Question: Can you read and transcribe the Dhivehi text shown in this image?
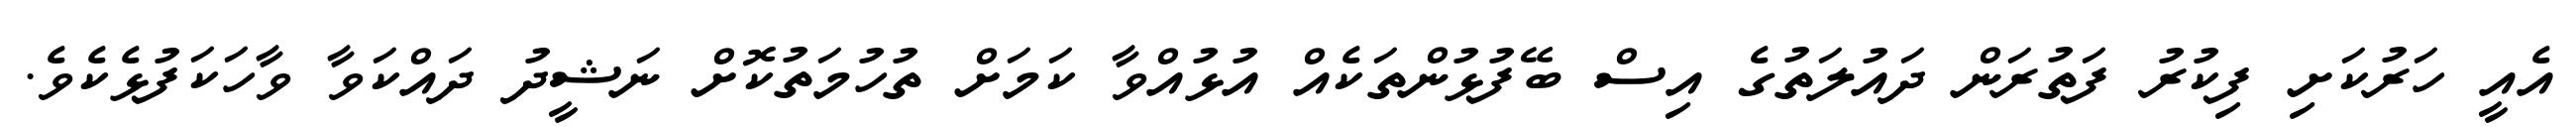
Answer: އެއީ ހަރުކަށި ފިކުރު ފަތުރަން ދައުލަތުގެ އިސް ބޭފުޅުންތަކެއް އުޅުއްވާ ކަމަށް ތުހުމަތުކޮށް ނަޝީދު ދައްކަވާ ވާހަކަފުޅެކެވެ.